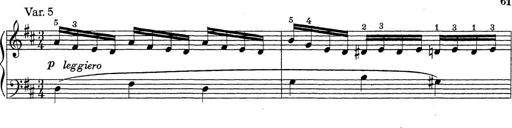
Title: ÄŒeskÃ© Sonatiny
Composer: Various